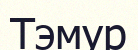
Тэмур